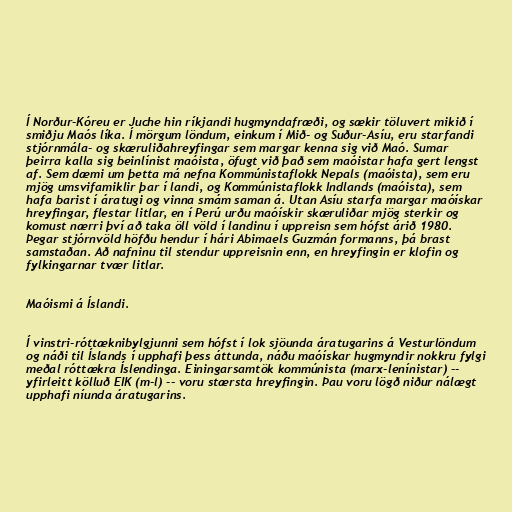
Í Norður-Kóreu er Juche hin ríkjandi hugmyndafræði, og sækir töluvert mikið í
smiðju Maós líka. Í mörgum löndum, einkum í Mið- og Suður-Asíu, eru starfandi
stjórnmála- og skæruliðahreyfingar sem margar kenna sig við Maó. Sumar
þeirra kalla sig beinlínist maóista, öfugt við það sem maóistar hafa gert lengst
af. Sem dæmi um þetta má nefna Kommúnistaflokk Nepals (maóista), sem eru
mjög umsvifamiklir þar í landi, og Kommúnistaflokk Indlands (maóista), sem
hafa barist í áratugi og vinna smám saman á. Utan Asíu starfa margar maóískar
hreyfingar, flestar litlar, en í Perú urðu maóískir skæruliðar mjög sterkir og
komust nærri því að taka öll völd í landinu í uppreisn sem hófst árið 1980.
Þegar stjórnvöld höfðu hendur í hári Abimaels Guzmán formanns, þá brast
samstaðan. Að nafninu til stendur uppreisnin enn, en hreyfingin er klofin og
fylkingarnar tvær litlar.

Maóismi á Íslandi.

Í vinstri-róttæknibylgjunni sem hófst í lok sjöunda áratugarins á Vesturlöndum
og náði til Íslands í upphafi þess áttunda, náðu maóískar hugmyndir nokkru fylgi
meðal róttækra Íslendinga. Einingarsamtök kommúnista (marx-lenínistar) --
yfirleitt kölluð EIK (m-l) -- voru stærsta hreyfingin. Þau voru lögð niður nálægt
upphafi níunda áratugarins.